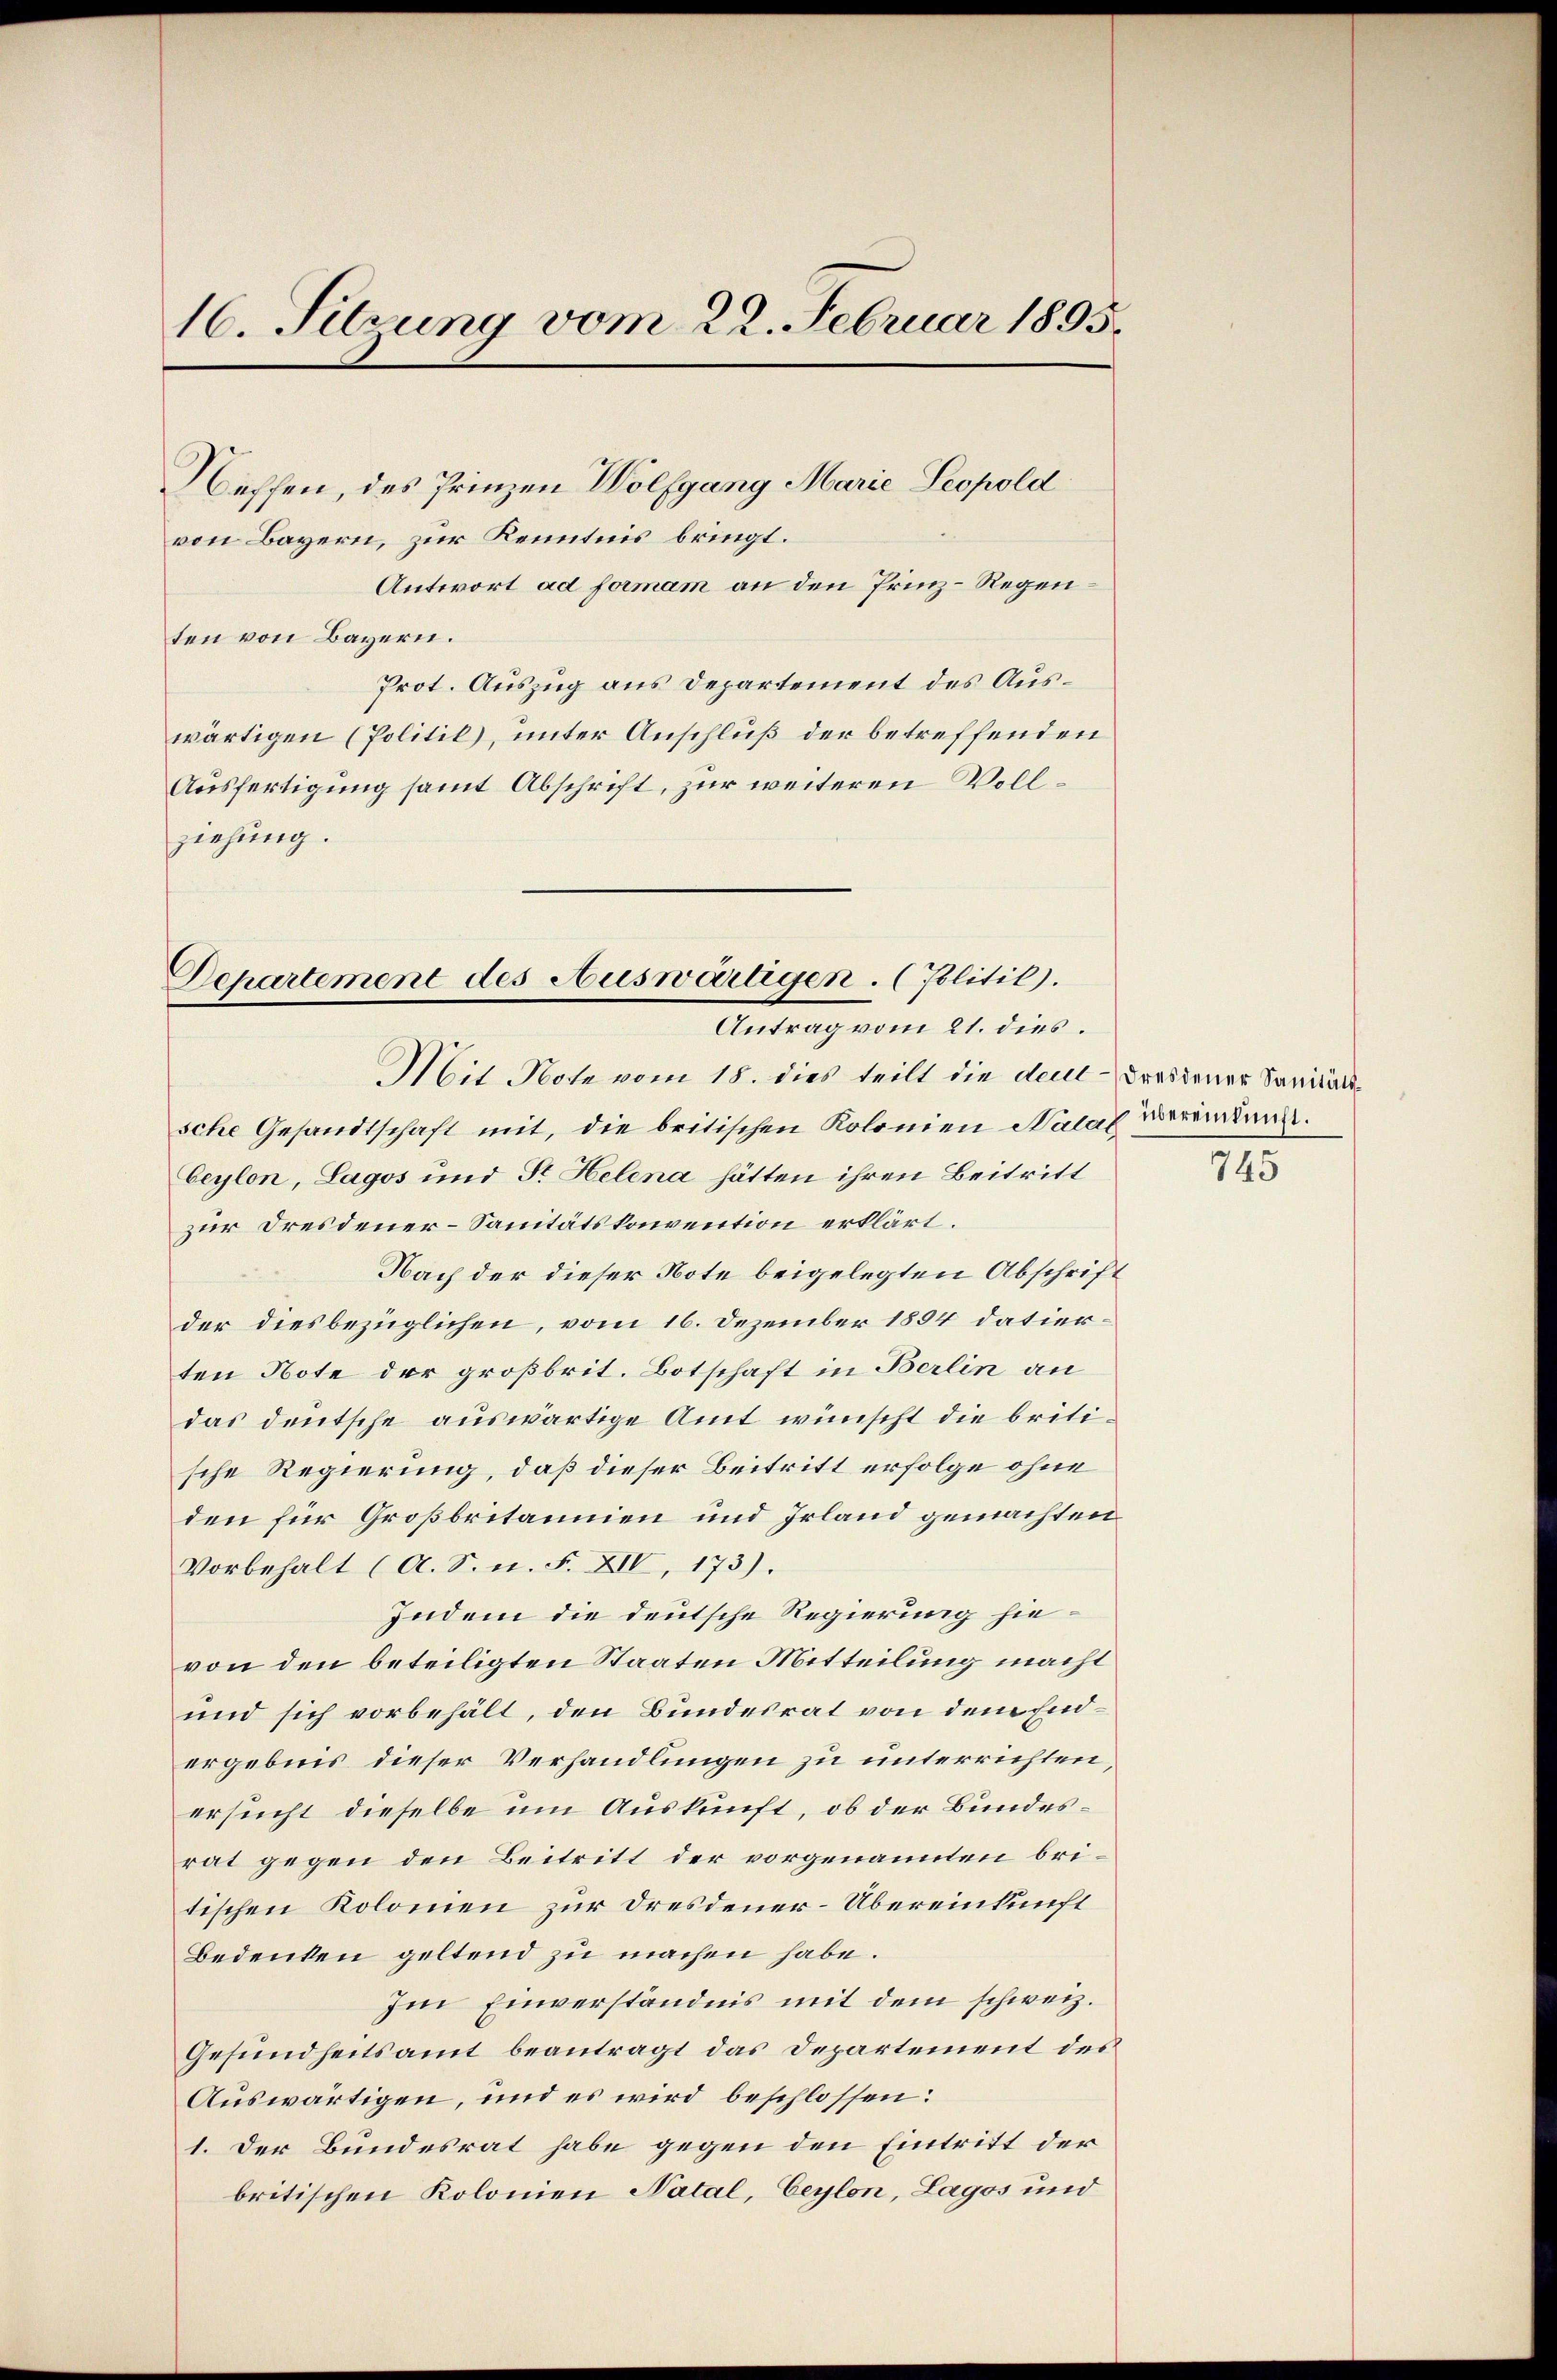
16. Sitzung vom 22. Februar 1895.

Neffen, des Prinzen Wolfgang Marie Leopold
von Bayern, zur Kenntnis bringt.
Antwort ad formam an den Prinz-Regenten von Bayern.
Prot. Auszug aus Departement des Auswärtigen (Politil, unter Anschluß der betreffenden
Ausfertigung samt Abschrift, zur weiteren Vollziehung.

Departement des Auswärtigen. (Politil).
Antrag vom 21. dies.
Mit Note vom 15. dies teilt die dell-Dresdener Sanitäts¬

sche Gesandtschaft mit, die britischen Kolonien Nalas vereinkung.
beylon, Lagos und Sr. Helena hätten ihren Beitritt
zur Dresdener-Sanitätskonvention erklärt.
Nach der dieser Note beigelegten Abschrift
der diesbezüglichen, vom 16. Dezember 1894 datierten Note der großbrit. Botschaft in Berlin an
das deutsche auswärtige Amt wünscht die britische Regierung, daß dieser Beitritt erfolge ohne
den für Großbritannien und Irland gemachten
Vorbehalt (A. S. n. F. XIV, 173).
Indem die deutsche Regierung hievon den beteiligten Staaten Mitteilung macht
und sich vorbehält, den Bundesrat von dem Endergebnis dieser Verhandlungen zu unterrichten,
ersucht dieselbe um Auskunft, ob der Bundesrat gegen den Beitritt der vorgenannten britischen Kolonien zur Dresdener-Übereinkunft
Bedenken geltend zu machen habe.
Im Einverständnis mit dem schweiz.
Gesundheitsamt beantragt das Departement des
Auswärtigen, und es wird beschlossen:
1. Der Bundesrat habe gegen den Eintritt der
britischen Kolonien Natal, Ceylon, Lagos und

745